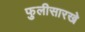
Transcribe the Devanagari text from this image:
फुलीसारखे